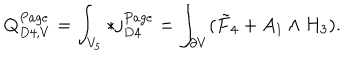
Q _ { D 4 , V } ^ { P a g e } = \int _ { V _ { 5 } } * j _ { D 4 } ^ { P a g e } = \int _ { \partial V } ( \tilde { F } _ { 4 } + A _ { 1 } \wedge H _ { 3 } ) .